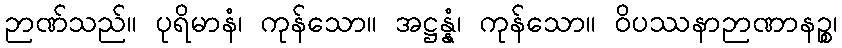
ဉာဏ်သည်။ ပုရိမာနံ၊ ကုန်သော။ အဋ္ဌန္နံ၊ ကုန်သော။ ဝိပဿနာဉာဏာနဉ္စ၊